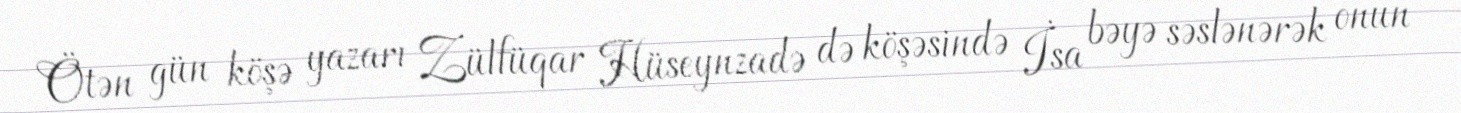
Ötən gün köşə yazarı Zülfüqar Hüseynzadə də köşəsində İsa bəyə səslənərək onun